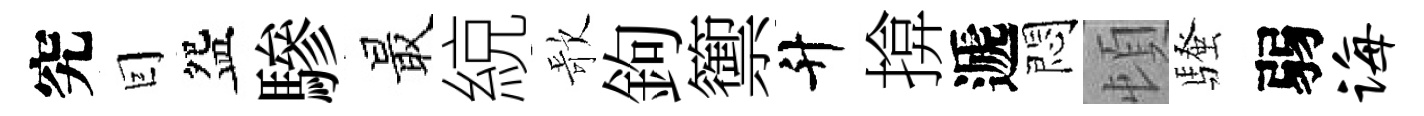
究囙盌驂最綂歌鉤籞升揜遞悶頓騷弱诲